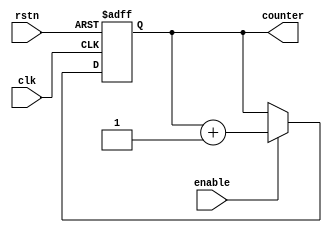
module RingCounter (
    input wire clk,
    input wire rstn,
    input wire enable,
    output reg [N-1:0] counter
);

parameter N = 4; // Specify the number of states

always @(posedge clk or negedge rstn) begin
    if (~rstn) begin
        counter <= 0; // Reset the counter on active low reset
    end else begin
        if (enable) begin
            counter <= counter + 1; // Increment the counter when enable signal is active
        end
    end
end

endmodule